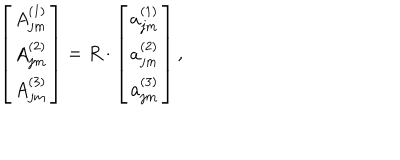
\left[ \begin{array} { c } { { A _ { j m } ^ { ( 1 ) } } } \\ { { A _ { j m } ^ { ( 2 ) } } } \\ { { A _ { j m } ^ { ( 3 ) } } } \\ \end{array} \right] = R \cdot \left[ \begin{array} { c } { { a _ { j m } ^ { ( 1 ) } } } \\ { { a _ { j m } ^ { ( 2 ) } } } \\ { { a _ { j m } ^ { ( 3 ) } } } \\ \end{array} \right] ,